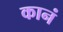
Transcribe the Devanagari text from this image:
कानं